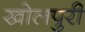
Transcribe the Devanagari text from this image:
खोलपुरी